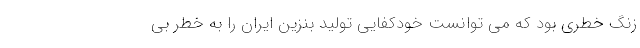
زنگ خطری بود که می توانست خودکفایی تولید بنزین ایران را به خطر بی